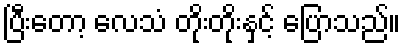
ပြီးတော့ လေသံ တိုးတိုးနှင့် ပြောသည်။